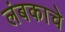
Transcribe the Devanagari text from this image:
लंबकाचे